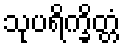
သုပရိက္ခိတ္တံ